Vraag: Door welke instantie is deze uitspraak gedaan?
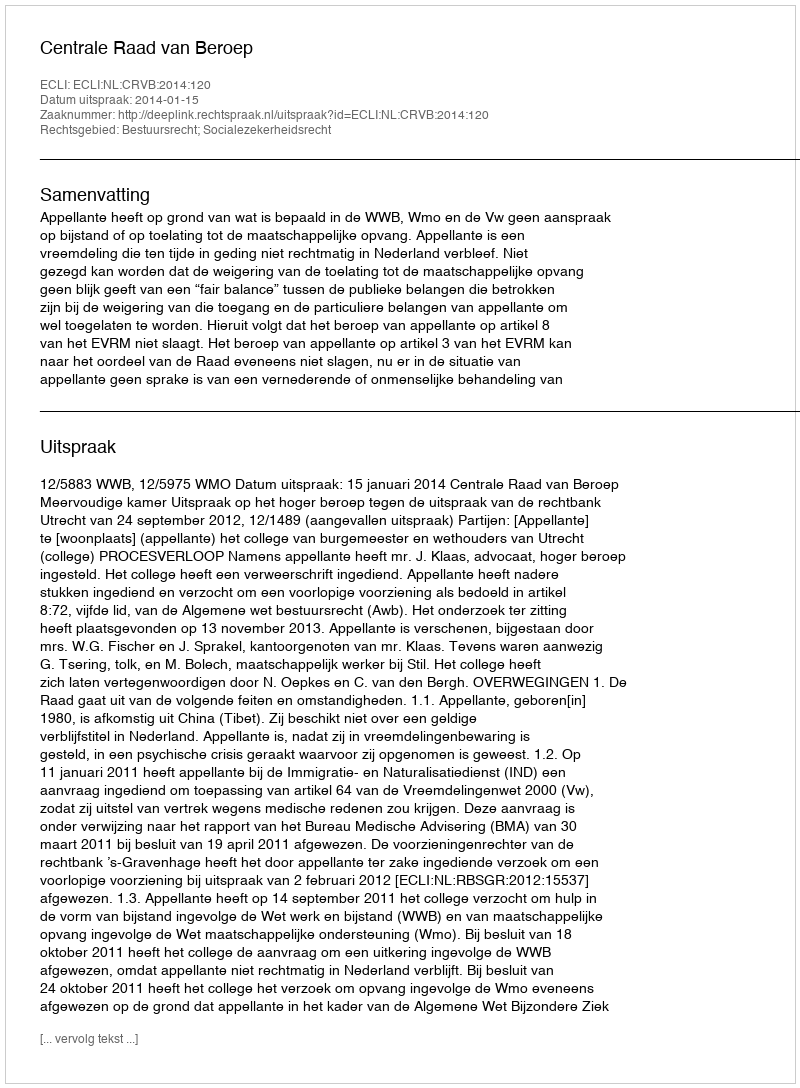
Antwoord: Centrale Raad van Beroep